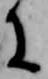
に